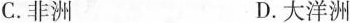
C.非洲 D.大洋洲